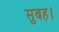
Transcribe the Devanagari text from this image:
सुबह।